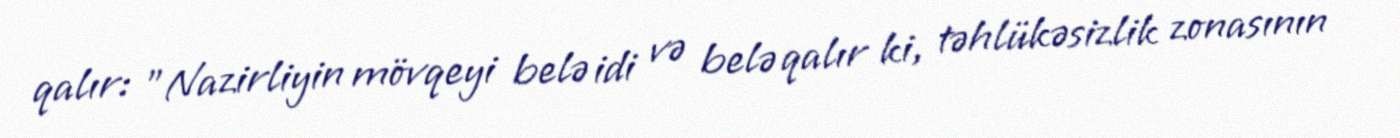
qalır: "Nazirliyin mövqeyi belə idi və belə qalır ki, təhlükəsizlik zonasının